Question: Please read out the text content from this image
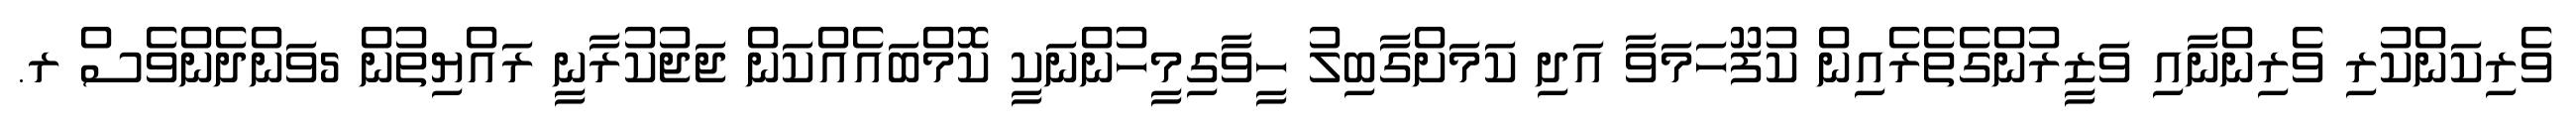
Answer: ވެރިކަންކުރި ވެރިންނާއި ވަޒީރުންގެތެރެއިން ކުފޫހަމަވާ އަދި ކަމަށްގާބިލު ހީވާގިމީހުންނަކީ ކޮމްބައެއްކަން ޖަޖުކުރާނީ ރައްޔިތުން 5ވަންދެންވެސް ރ.